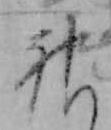
神